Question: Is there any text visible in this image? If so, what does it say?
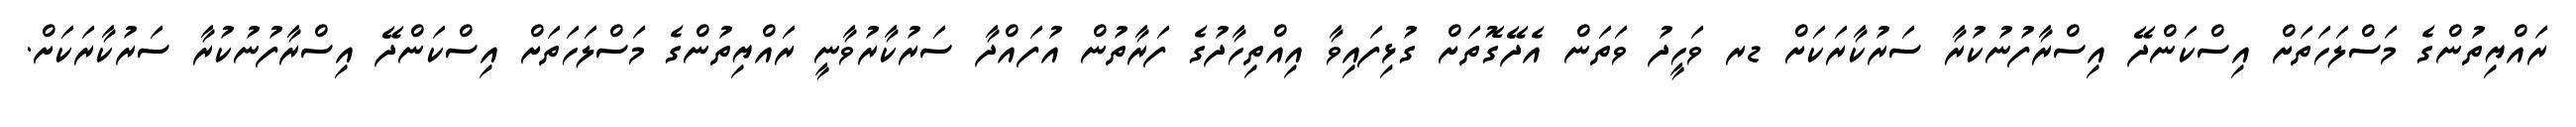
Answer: ރައްޔިތުންގެ މަސްލަހަތަށް އިސްކަންދޭ އިސްރާފުނުކުރާ ސަރުކާރަކަށް ޑރ ވަހީދު ވަތަން އެދޭގޮތަށް ގުޅިފައިވާ އިއްތިހާދުގެ ފަރާތުން އުފައްދާ ސަރުކާރުވާނީ ރައްޔިތުންގެ މަސްލަހަތަށް އިސްކަންދޭ އިސްރާފުނުކުރާ ސަރުކާރަކަށް.